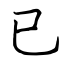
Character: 已